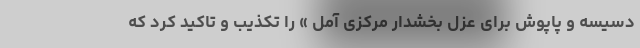
دسیسه و پاپوش برای عزل بخشدار مرکزی آمل » را تکذیب و تاکید کرد که